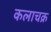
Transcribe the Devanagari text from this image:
कलाचक्र